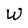
Character: W